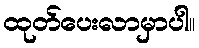
ထုတ်ပေးလာမှာပါ။